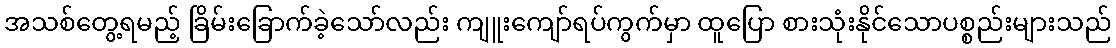
အသစ်တွေ့ရမည့် ခြိမ်းခြောက်ခဲ့သော်လည်း ကျူးကျော်ရပ်ကွက်မှာ ထူပြော စားသုံးနိုင်သောပစ္စည်းများသည်